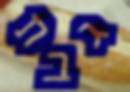
גבת